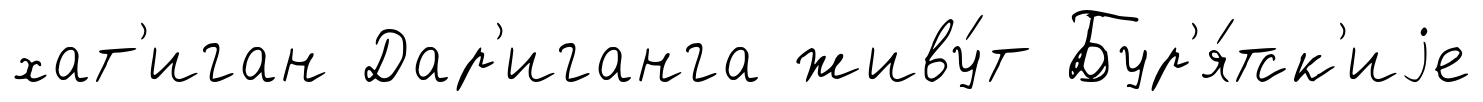
хат'иган Дар'иганга живу́т Бур'я́тск'иjе